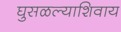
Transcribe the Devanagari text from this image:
घुसळल्याशिवाय